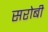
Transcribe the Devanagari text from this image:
सरोबी